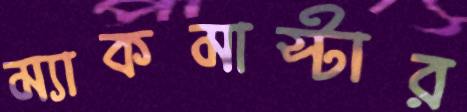
ম্যাকমাস্টার